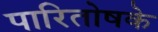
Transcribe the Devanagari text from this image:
पारितोषके